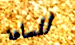
للساعة